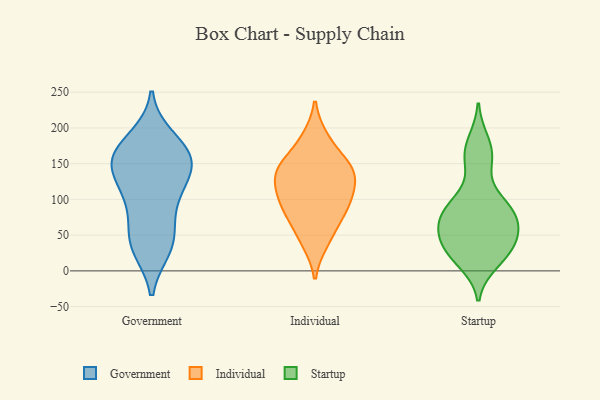
{"axis": {"x": "Humidity (%)", "y": "Value"}, "legend": ["Government", "Individual", "Startup"], "data": [{"x": "", "y": 53, "type": "Government"}, {"x": "", "y": 158, "type": "Government"}, {"x": "", "y": 175, "type": "Government"}, {"x": "", "y": 94, "type": "Government"}, {"x": "", "y": 107, "type": "Government"}, {"x": "", "y": 149, "type": "Government"}, {"x": "", "y": 137, "type": "Government"}, {"x": "", "y": 40, "type": "Government"}, {"x": "", "y": 149, "type": "Government"}, {"x": "", "y": 106, "type": "Government"}, {"x": "", "y": 36, "type": "Government"}, {"x": "", "y": 163, "type": "Government"}, {"x": "", "y": 185, "type": "Government"}, {"x": "", "y": 152, "type": "Government"}, {"x": "", "y": 32, "type": "Government"}, {"x": "", "y": 91, "type": "Individual"}, {"x": "", "y": 40, "type": "Individual"}, {"x": "", "y": 186, "type": "Individual"}, {"x": "", "y": 142, "type": "Individual"}, {"x": "", "y": 141, "type": "Individual"}, {"x": "", "y": 152, "type": "Individual"}, {"x": "", "y": 67, "type": "Individual"}, {"x": "", "y": 92, "type": "Individual"}, {"x": "", "y": 125, "type": "Individual"}, {"x": "", "y": 111, "type": "Individual"}, {"x": "", "y": 99, "type": "Startup"}, {"x": "", "y": 11, "type": "Startup"}, {"x": "", "y": 155, "type": "Startup"}, {"x": "", "y": 80, "type": "Startup"}, {"x": "", "y": 26, "type": "Startup"}, {"x": "", "y": 97, "type": "Startup"}, {"x": "", "y": 68, "type": "Startup"}, {"x": "", "y": 69, "type": "Startup"}, {"x": "", "y": 19, "type": "Startup"}, {"x": "", "y": 43, "type": "Startup"}, {"x": "", "y": 182, "type": "Startup"}, {"x": "", "y": 85, "type": "Startup"}, {"x": "", "y": 62, "type": "Startup"}, {"x": "", "y": 44, "type": "Startup"}, {"x": "", "y": 159, "type": "Startup"}, {"x": "", "y": 37, "type": "Startup"}]}